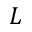
L